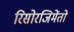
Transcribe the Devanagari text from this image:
रिसोरजिमेंतो